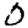
Digit: 0